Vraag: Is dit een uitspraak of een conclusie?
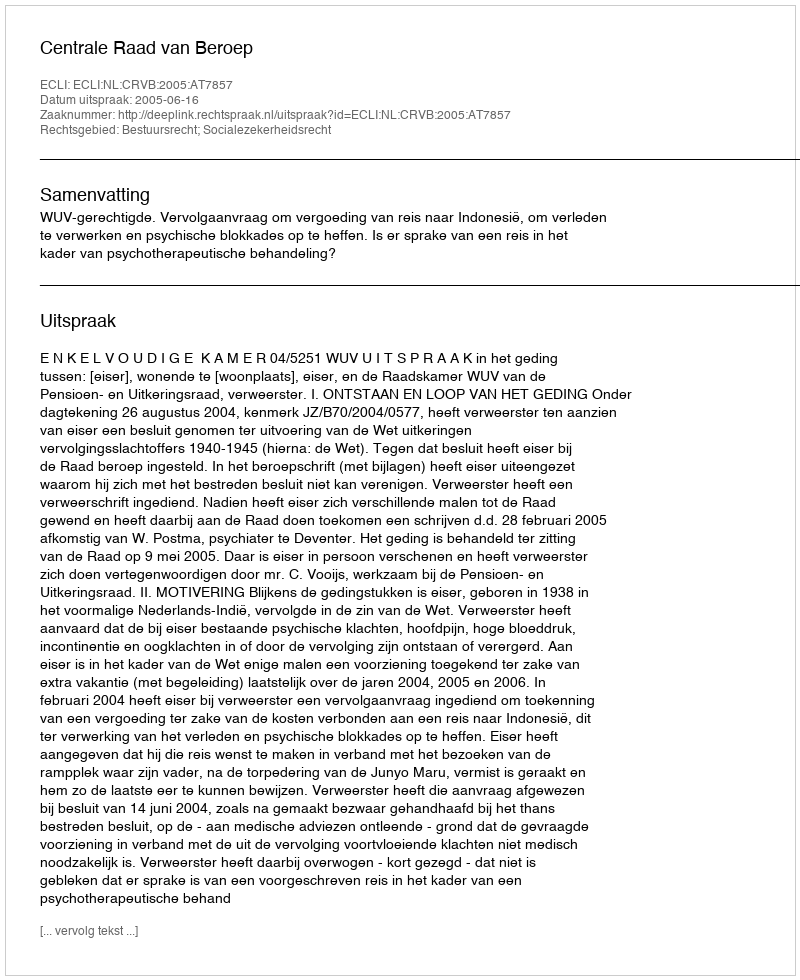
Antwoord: Uitspraak